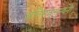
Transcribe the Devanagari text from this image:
अतिमघुसुन्दनी